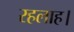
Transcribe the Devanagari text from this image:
रहलाह।